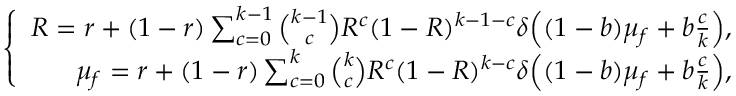
\left\{ \begin{array} { r } { R = r + ( 1 - r ) \sum _ { c = 0 } ^ { k - 1 } \binom { k - 1 } { c } R ^ { c } ( 1 - R ) ^ { k - 1 - c } \delta \Big ( ( 1 - b ) \mu _ { f } + b \frac { c } { k } \Big ) , } \\ { \mu _ { f } = r + ( 1 - r ) \sum _ { c = 0 } ^ { k } \binom { k } { c } R ^ { c } ( 1 - R ) ^ { k - c } \delta \Big ( ( 1 - b ) \mu _ { f } + b \frac { c } { k } \Big ) , } \end{array} \right.